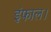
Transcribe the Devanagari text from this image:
इंफाल।